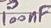
Text: 100nF